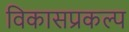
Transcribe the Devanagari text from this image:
विकासप्रकल्प